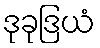
ဒုခုဒြယံ